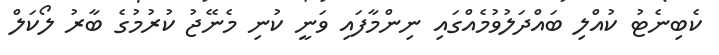
ކެބިނެޓު ކުއްލި ބައްދަލުވުމެއްގައި ނިންމާފައި ވަނީ ކުނި މެނޭޖު ކުރުމުގެ ބާރު ލޯކަލް